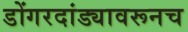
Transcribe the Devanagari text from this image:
डोंगरदांड्यावरूनच